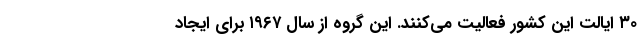
۳۰ ایالت این کشور فعالیت می‌کنند. این گروه از سال ۱۹۶۷ برای ایجاد